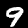
Digit: 9